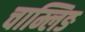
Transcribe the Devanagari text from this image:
चाम्लिङ